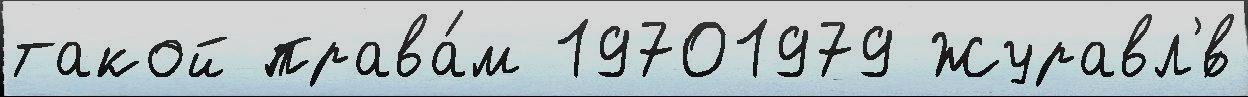
такой права́м 19701979 Журавл'́в